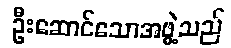
ဦးဆောင်သောအဖွဲ့သည်